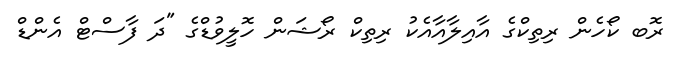
ރޮބ ކޯހެން ރިތިކްގެ އާއިލާއާއެކު ރިތިކް ރޯޝަން ހޮލީވުޑްގެ "ދަ ފާސްޓް އެންޑް